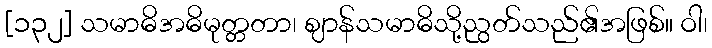
[၁၃၂] သမာဓိအဓိမုတ္တတာ၊ ဈာန်သမာဓိသို့ညွတ်သည်၏အဖြစ်။ ဝါ၊